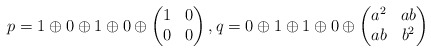
\begin{align*}p= 1\oplus 0\oplus 1\oplus 0\oplus \begin{pmatrix}1&0\\0&0\end{pmatrix},q= 0\oplus 1\oplus 1\oplus 0\oplus \begin{pmatrix}a^2&ab \\ab&b^2\end{pmatrix}\end{align*}